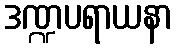
ဒဏ္ဍပရာယနာ